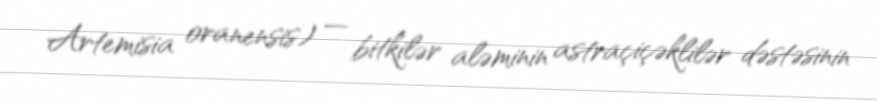
Artemisia oranensis) — bitkilər aləminin astraçiçəklilər dəstəsinin